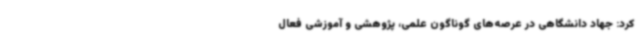
کرد: جهاد دانشگاهی در عرصه‌های گوناگون علمی، پژوهشی و آموزشی فعال